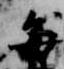
毎